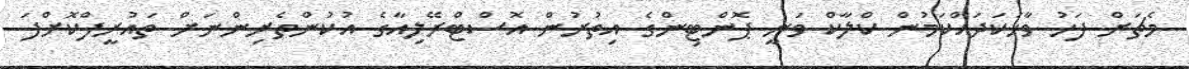
މެޗަށް ފަހު ވާހަކަދައްކަމުން ކްލާކް ވަނީ ޕޮންޓިންގެ އިތުރުން އޮސްޓްރޭލިއާގެ އުކުންތެރިންނަށް ތައުރީފްކޮށްފަ